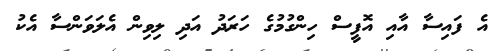
އެ ފައިސާ އާއި އޮފީސް ހިންގުމުގެ ހަރަދު އަދި ލިވިން އެލަވަންސާ އެކު